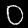
Label: 0